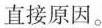
直接原因。